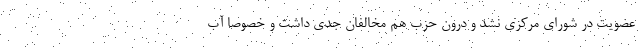
عضویت در شورای مرکزی نشد و درون حزب هم مخالفان جدی داشت و خصوصا آبِ